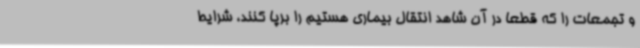
و تجمعات را که قطعا در آن شاهد انتقال بیماری هستیم را برپا کنند، شرایط